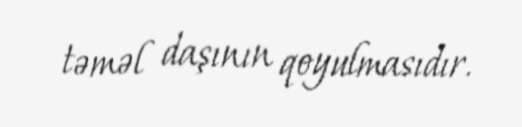
təməl daşının qoyulmasıdır.